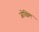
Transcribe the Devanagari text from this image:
जोख्निम